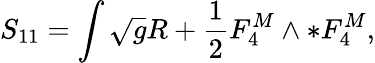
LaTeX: S_{11}=\int\sqrt{g}R+\frac{1}{2}F_{4}^{M}\wedge*F_{4}^{M},